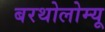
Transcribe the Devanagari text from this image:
बरथोलोम्यू